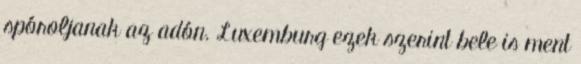
spóroljanak az adón. Luxemburg ezek szerint bele is ment